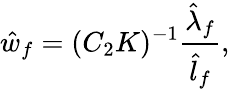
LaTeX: \hat{w}_{f}=(C_{2}K)^{-1}\frac{\hat{\lambda}_{f}}{\hat{l}_{f}},